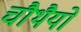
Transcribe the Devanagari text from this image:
चौथैयों